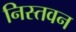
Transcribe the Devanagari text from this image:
निस्तवन